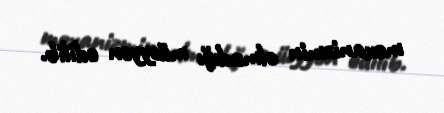
mexanizmin olmadığı müəyyən edilib.